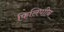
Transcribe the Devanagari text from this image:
फिलिपाीन